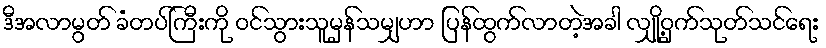
ဒီအလာမွတ် ခံတပ်ကြီးကို ဝင်သွားသူမှန်သမျှဟာ ပြန်ထွက်လာတဲ့အခါ လျှို့ဝှက်သုတ်သင်ရေး